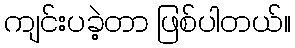
ကျင်းပခဲ့တာ ဖြစ်ပါတယ်။